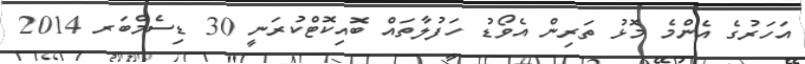
އަހަރުގެ އެންމެ މޮޅު ތަރިން އެވޯޑު ހަފުލާތައް ބޮއިކޮޓްކުރަނީ 30 ޑިސެމްބަރ 2014